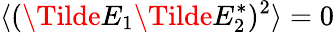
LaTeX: \langle(\Tilde{E}_{1}\Tilde{E}_{2}^{*})^{2}\rangle=0